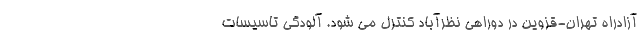
آزادراه تهران-قزوین در دوراهی نظرآباد کنترل می شود. آلودگی تاسیسات